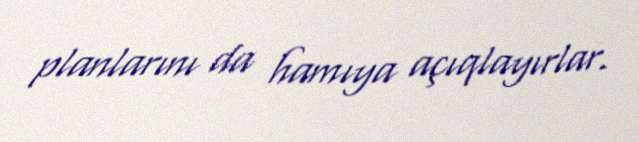
planlarını da hamıya açıqlayırlar.